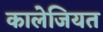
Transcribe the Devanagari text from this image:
कालेजियत